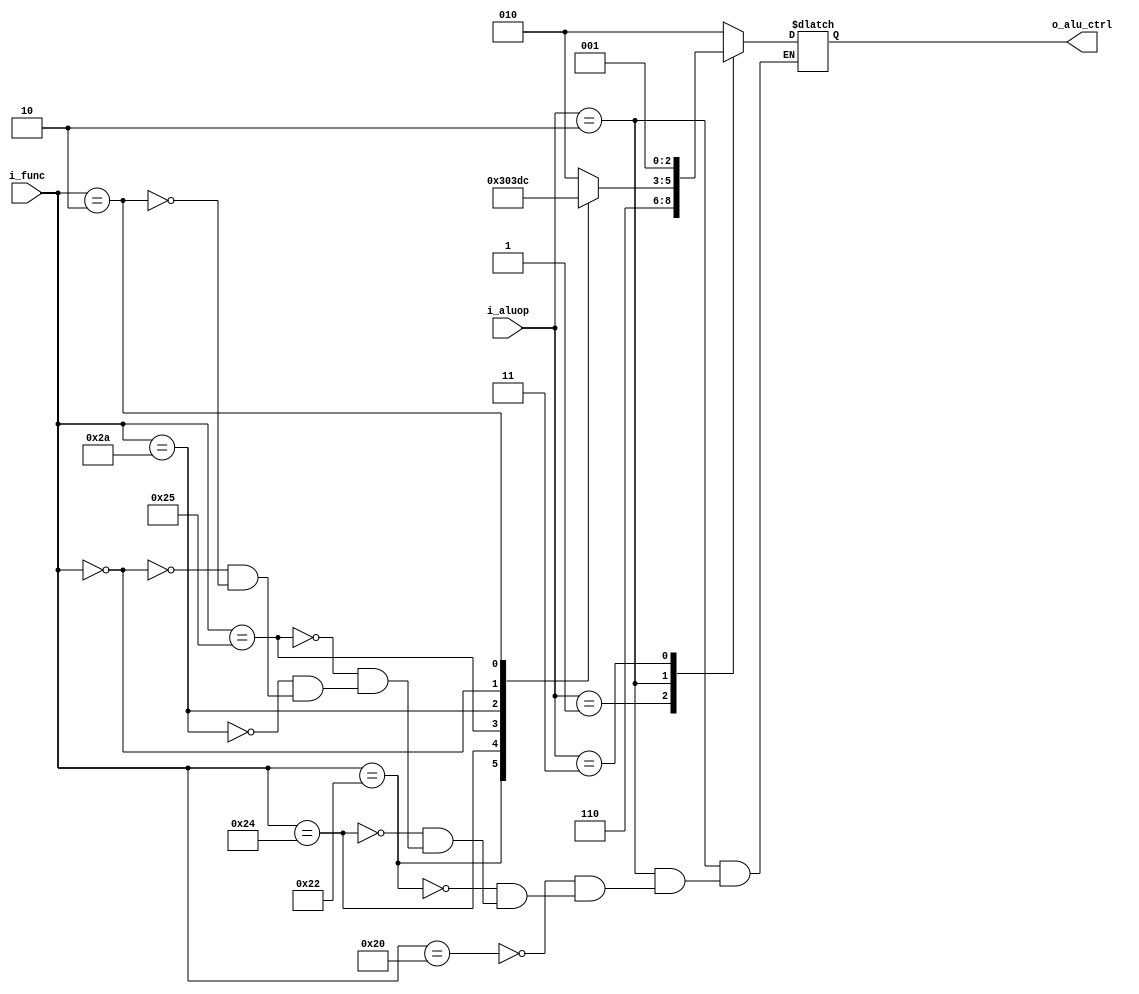
module alu_ctrl(i_aluop, i_func, o_alu_ctrl);

input [1:0] i_aluop;
input [5:0] i_func;
output reg [2:0] o_alu_ctrl;

always@(i_aluop or i_func) begin
	case(i_aluop)
		2'b00:o_alu_ctrl=3'b010;
		2'b01:o_alu_ctrl=3'b110;
		2'b10:begin
			case(i_func)
				6'd32:o_alu_ctrl=3'b010;//add
				6'd34:o_alu_ctrl=3'b110;//sub
				6'd36:o_alu_ctrl=3'b000;//and
				6'd37:o_alu_ctrl=3'b001;//or
				6'd42:o_alu_ctrl=3'b111;//slt
				6'd0:o_alu_ctrl=3'b011;//sll
				6'd2:o_alu_ctrl=3'b100;//srl
			endcase
		end
		2'b11:o_alu_ctrl=3'b001;//ori
	endcase
end

endmodule